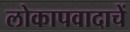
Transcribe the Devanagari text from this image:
लोकापवादाचें